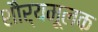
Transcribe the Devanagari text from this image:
शौर्यमूलक